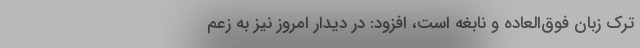
ترک زبان فوق‌العاده و نابغه است، افزود: در دیدار امروز نیز به زعم